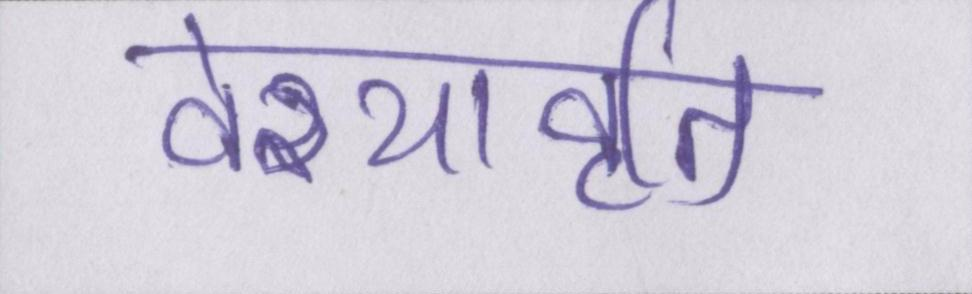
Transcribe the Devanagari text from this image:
वेश्यावृति